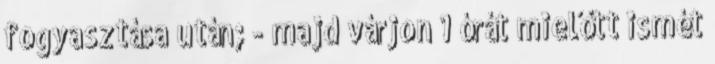
fogyasztása után; - majd várjon 1 órát mielőtt ismét